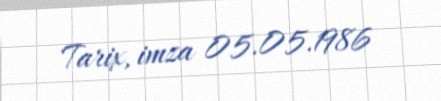
Tarix, imza 05.05.1986